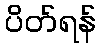
ပိတ်ရန်